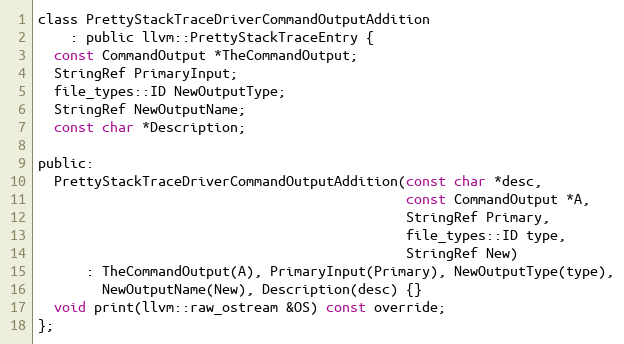
Language: C
class PrettyStackTraceDriverCommandOutputAddition
    : public llvm::PrettyStackTraceEntry {
  const CommandOutput *TheCommandOutput;
  StringRef PrimaryInput;
  file_types::ID NewOutputType;
  StringRef NewOutputName;
  const char *Description;

public:
  PrettyStackTraceDriverCommandOutputAddition(const char *desc,
                                              const CommandOutput *A,
                                              StringRef Primary,
                                              file_types::ID type,
                                              StringRef New)
      : TheCommandOutput(A), PrimaryInput(Primary), NewOutputType(type),
        NewOutputName(New), Description(desc) {}
  void print(llvm::raw_ostream &OS) const override;
};